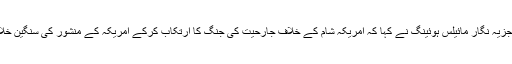
ایک امریکی سیاسی تجزیہ نگار مائیلس ہوئینگ نے کہا کہ امریکہ شام کے خلاف جارحیت کی جنگ کا ارتکاب کرکے امریکہ کے منشور کی سنگین خلاف ورزی کررہا ہے۔